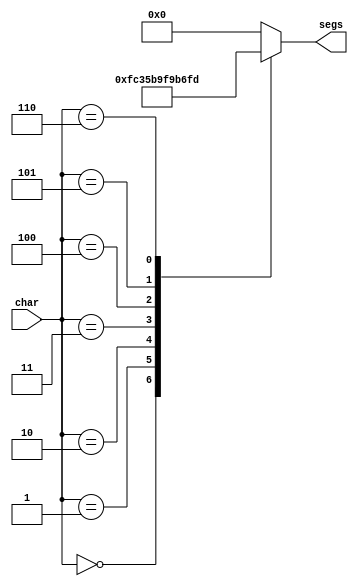
/*
   This file was generated automatically by Alchitry Labs version 1.2.7.
   Do not edit this file directly. Instead edit the original Lucid source.
   This is a temporary file and any changes made to it will be destroyed.
*/

module dice_seg_5 (
    input [2:0] char,
    output reg [6:0] segs
  );
  
  
  
  always @* begin
    
    case (char)
      1'h0: begin
        segs = 7'h3f;
      end
      1'h1: begin
        segs = 7'h06;
      end
      2'h2: begin
        segs = 7'h5b;
      end
      2'h3: begin
        segs = 7'h4f;
      end
      3'h4: begin
        segs = 7'h66;
      end
      3'h5: begin
        segs = 7'h6d;
      end
      3'h6: begin
        segs = 7'h7d;
      end
      default: begin
        segs = 7'h00;
      end
    endcase
  end
endmodule